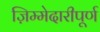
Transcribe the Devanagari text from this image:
ज़िम्मेदारीपूर्ण